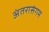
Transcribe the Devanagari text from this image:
अंतरासंगम